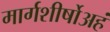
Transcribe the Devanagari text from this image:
मार्गशीर्षोअहं